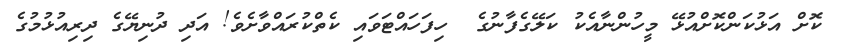
ކޮށް އަޅުކަންކޮށްއުޅޭ މީހުންނާއެކު ކަލޭގެފާނުގެ  ހިފަހައްޓަވައި ކެތްކުރައްވާށެވެ! އަދި ދުނިޔޭގެ ދިރިއުޅުމުގެ